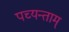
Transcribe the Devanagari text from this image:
पच्यन्ताम्‌